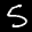
Label: 5